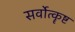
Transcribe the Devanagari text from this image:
सर्वोत्कॄष्ट